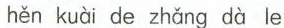
hěn kuài de zhǎng dà le